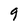
Character: g